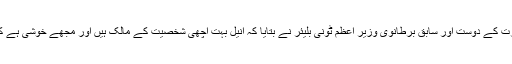
پروگرام کے دوران انیل مسرت کے دوست اور سابق برطانوی وزیر اعظم ٹونی بلیئر نے بتایا کہ انیل بہت اچھی شخصیت کے مالک ہیں اور مجھے خوشی ہے کہ یہ میرے فیملی فرینڈ ہیں ۔